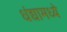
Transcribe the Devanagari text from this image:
धंद्यामध्ये